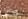
نصفي